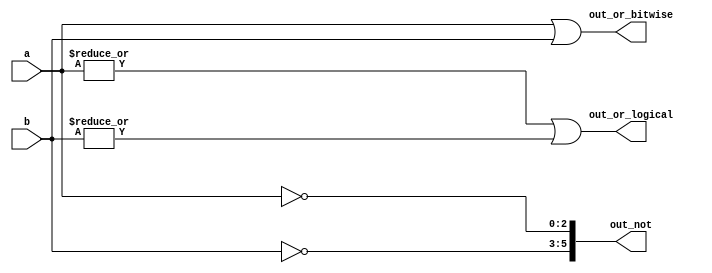
module top_module( 
    input [2:0] a,
    input [2:0] b,
    output [2:0] out_or_bitwise,
    output out_or_logical,
    output [5:0] out_not
);

// Bitwise OR of the two 3-bit inputs
assign out_or_bitwise = a | b;

// Logical OR of the two 3-bit inputs
assign out_or_logical = (|a) || (|b);

// Inverse (NOT) of both vectors
assign out_not[2:0] = ~a;      // inverse of 'a' in the lower half (bits [2:0])
assign out_not[5:3] = ~b;      // inverse of 'b' in the upper half (bits [5:3])

endmodule